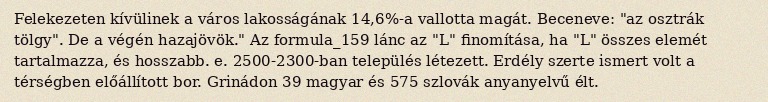
Felekezeten kívülinek a város lakosságának 14,6%-a vallotta magát. Beceneve: "az osztrák tölgy". De a végén hazajövök." Az formula_159 lánc az "L" finomítása, ha "L" összes elemét tartalmazza, és hosszabb. e. 2500-2300-ban település létezett. Erdély szerte ismert volt a térségben előállított bor. Grinádon 39 magyar és 575 szlovák anyanyelvű élt.